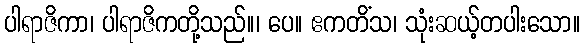
ပါရာဇိကာ၊ ပါရာဇိကတို့သည်။၊ ပေ။ ဧကတိံသ၊ သုံးဆယ့်တပါးသော။